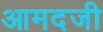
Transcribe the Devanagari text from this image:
आमदजी